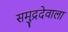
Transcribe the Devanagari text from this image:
समुद्रदेवाला